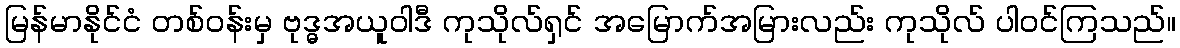
မြန်မာနိုင်ငံ တစ်ဝန်းမှ ဗုဒ္ဓအယူဝါဒီ ကုသိုလ်ရှင် အမြောက်အမြားလည်း ကုသိုလ် ပါဝင်ကြသည်။